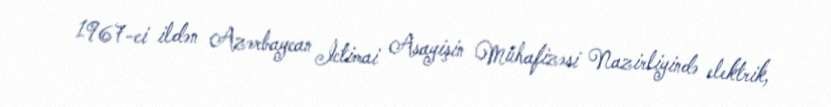
1967-ci ildən Azərbaycan İctimai Asayişin Mühafizəsi Nazirliyində elektrik,